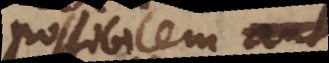
possibilem, ut